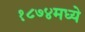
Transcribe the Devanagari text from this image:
१८७४मध्ये